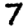
Digit: 7